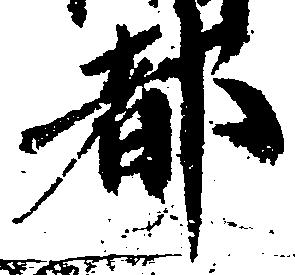
都